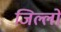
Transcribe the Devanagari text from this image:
जिल्लों